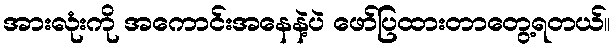
အားလုံးကို အကောင်းအနေနဲ့ပဲ ဖော်ပြထားတာတွေ့ရတယ်။